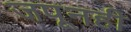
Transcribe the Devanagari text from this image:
जपूनही